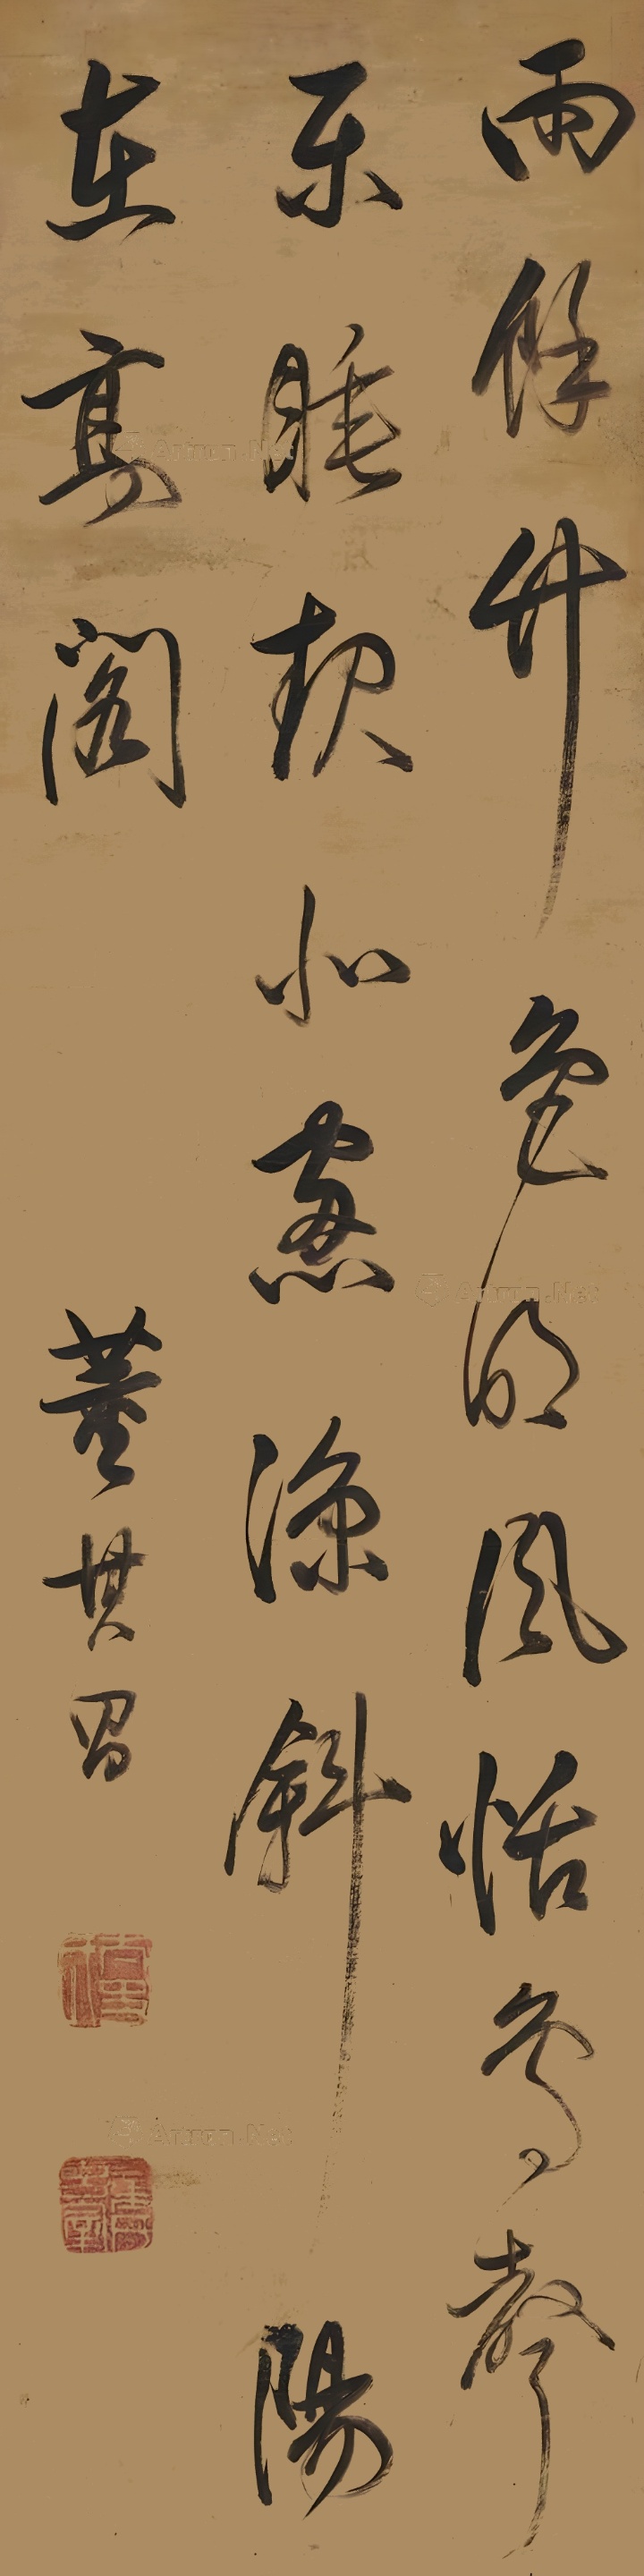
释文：雨余竹色明，风恬鸟声乐。睡起北窗凉，斜阳在高阁。董其昌。